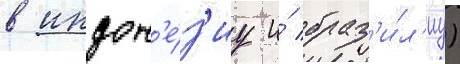
в индон'е́з'иу и́ браз'и́л'иу)